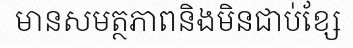
មានសមត្ថភាពនិងមិនជាប់ខ្សែ